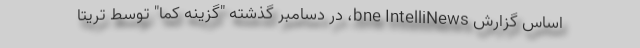
اساس گزارش bne IntelliNews، در دسامبر گذشته "گزینه کما" توسط تریتا